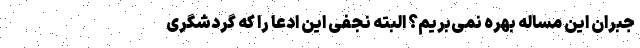
جبران این مساله بهره نمی‌بریم؟ البته نجفی این ادعا را که گردشگری